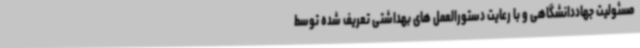
مسئولیت جهاددانشگاهی و با رعایت دستورالعمل های بهداشتی تعریف شده توسط